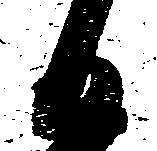
日